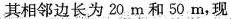
其相邻边长为 20 m 和 50 m，现